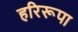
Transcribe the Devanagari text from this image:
हरिरूपा